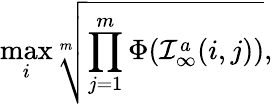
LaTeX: \operatorname*{max}_{i}\sqrt[m]{\prod_{j=1}^{m}\Phi(\mathcal{I}_{\infty}^{a}(i,j))},